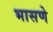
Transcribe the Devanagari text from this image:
भासणे